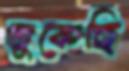
ঢুকেছি